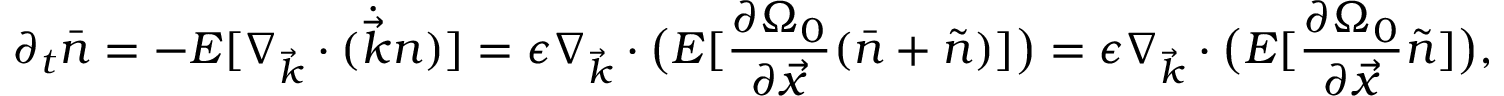
\partial _ { t } \bar { n } = - E [ \nabla _ { \vec { k } } \cdot ( \dot { \vec { k } } n ) ] = \epsilon \nabla _ { \vec { k } } \cdot \big ( E [ \frac { \partial \Omega _ { 0 } } { \partial \vec { x } } ( \bar { n } + \tilde { n } ) ] \big ) = \epsilon \nabla _ { \vec { k } } \cdot \big ( E [ \frac { \partial \Omega _ { 0 } } { \partial \vec { x } } \tilde { n } ] \big ) ,